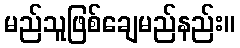
မည်သူဖြစ်ချေမည်နည်း။